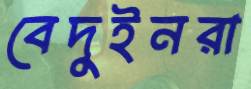
বেদুইনরা